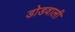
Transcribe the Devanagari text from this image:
डोडवाली